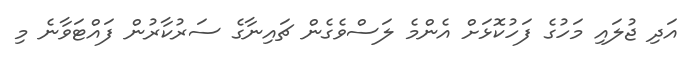
އަދި ޖުލައި މަހުގެ ފަހުކޮޅަށް އެންމެ ލަސްވެގެން ޗައިނާގެ ސަރުކާރުން ފައްޓަވާނެ މި